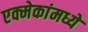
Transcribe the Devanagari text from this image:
एक्मेकांमध्ये